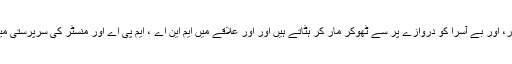
مگر کسی غریب ہاری، محنت کش مزدور، اور بے آسرا کو دروازے پر سے ٹھوکر مار کر ہٹاتے ہیں اور اور علاقے میں ایم این اے ، ایم پی اے اور منسٹر کی سرپرستی میں ہونے والے ظلم پر چپ سادھ لیتے ہیں!